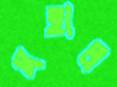
মহাল